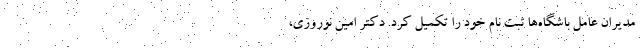
مدیران عامل باشگاه‌ها ثبت نام خود را تکمیل کرد. دکتر امین نوروزی،